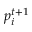
\boldsymbol { p } _ { i } ^ { t + 1 }